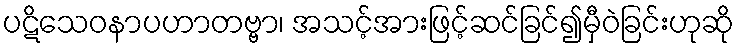
ပဋိသေဝနာပဟာတဗ္ဗာ၊ အသင့်အားဖြင့်ဆင်ခြင်၍မှီဝဲခြင်းဟုဆို